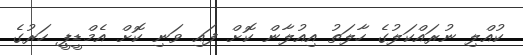
ކުއްލި ނުރައްކަލުގެ ހާލަތު އިއުލާން ކޮށް ފައި ވަނި ކޮށް އެމްޑީޕީ ހަރުގެ